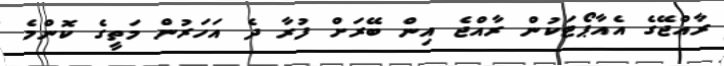
ރާއްޖޭގެ އެއާޕޯޓަކުން ރާއްޖެ އިިން ބޭރަށް ފުރާ ދެ އަހަރުން މަތީގެ ކޮންމެ